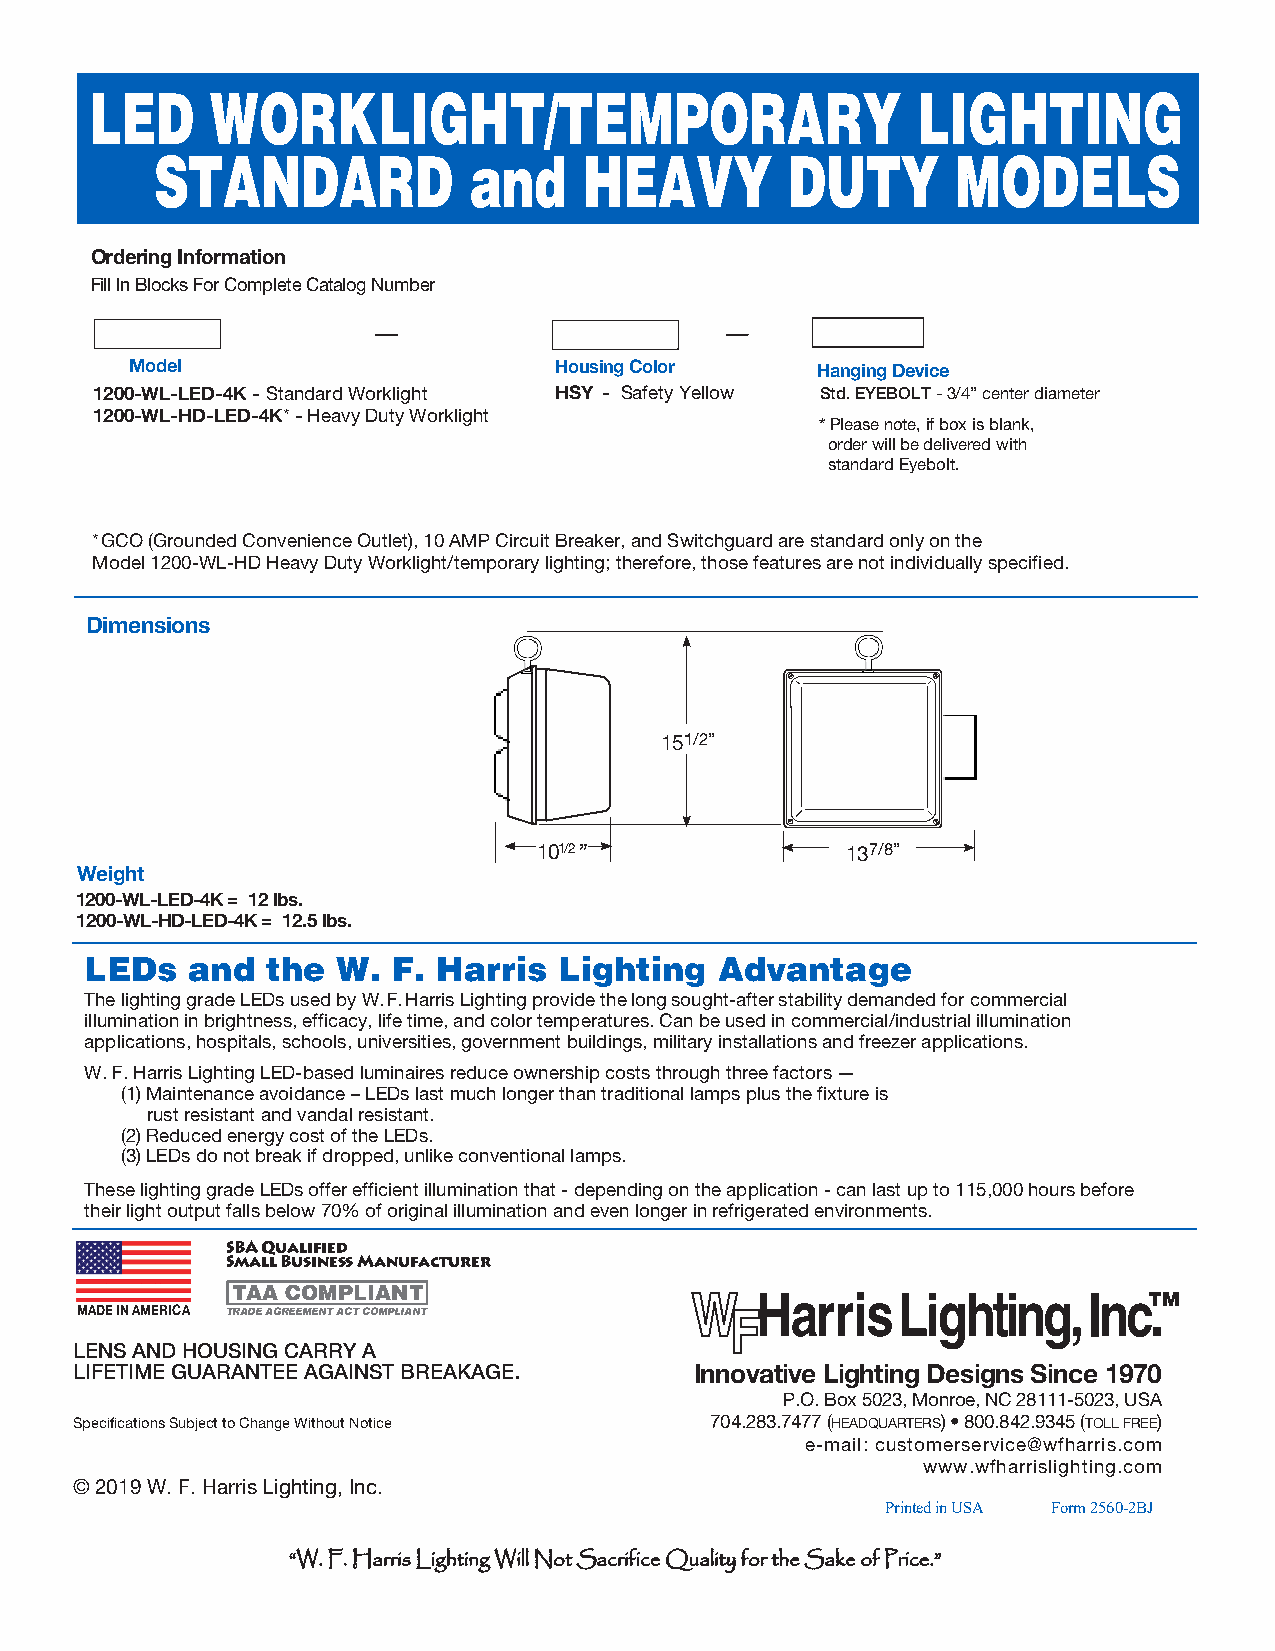
LED     WORKLIGHT/TEMPORARY                            LIGHTING
 STANDARD             and     HEAVY        DUTY       MODELS
 Ordering Information
 Fill In Blocks For Complete Catalog Number
 Model                       Housing Color    Hanging Device
 1200-WL-LED-4K - Standard Worklight HSY - Safety Yellow Std. EYEBOLT - 3/4” center diameter
 1200-WL-HD-LED-4K* - Heavy Duty Worklight
 *Please note, if box is blank,
 order will be delivered with
 standard Eyebolt.
 *GCO (Grounded Convenience Outlet), 10 AMP Circuit Breaker, and Switchguard are standard only on the
 Model 1200-WL-HD Heavy Duty Worklight/temporary lighting; therefore, those features are not individually specified.
 Dimensions
 151/2”
 101/2 ”             137/8”
 Weight
 1200-WL-LED-4K = 12 lbs.
 1200-WL-HD-LED-4K = 12.5 lbs.
 LEDs  and   the W.  F. Harris  Lighting   Advantage
 The lighting grade LEDs used by W. F. Harris Lighting provide the long sought-after stability demanded for commercial
 illumination in brightness, efficacy, life time, and color temperatures. Can be used in commercial/industrial illumination
 applications, hospitals, schools, universities, government buildings, military installations and freezer applications.
 W. F. Harris Lighting LED-based luminaires reduce ownership costs through three factors —
 (1)Maintenance avoidance – LEDs last much longer than traditional lamps plus the fixture is
 rust resistant and vandal resistant.
 (2)Reduced energy cost of the LEDs.
 (3)LEDs do not break if dropped, unlike conventional lamps.
 These lighting grade LEDs offer efficient illumination that - depending on the application - can last up to 115,000 hours before
 their light output falls below 70% of original illumination and even longer in refrigerated environments.
 SBA Qualified
 Small Business Manufacturer
 TAA COMPLIANT                      HarrisLighting,       IncT.M
 MADE IN AMERICA TRADE AGREEMENT ACT COMPLIANT
 LENS AND HOUSING CARRY A
 LIFETIME GUARANTEE AGAINST BREAKAGE.     Innovative Lighting Designs Since 1970
 P.O. Box 5023, Monroe, NC 28111-5023, USA
 Specifications Subject to Change Without Notice 704.283.7477 (headquarters) • 800.842.9345 (toll free)
 e-mail: customerservice@wfharris.com
 www.wfharrislighting.com
 © 2019 W. F. Harris Lighting, Inc.
 Printed in USA Form 2560-2BJ
 ““WW.. FF.. HHaarrrriiss LLiigghhttiinngg WWiillll NNoott SSaaccrriiffiiccee QQuuaalliittyy ffoorr tthhee SSaakkee ooff PPrriiccee..””